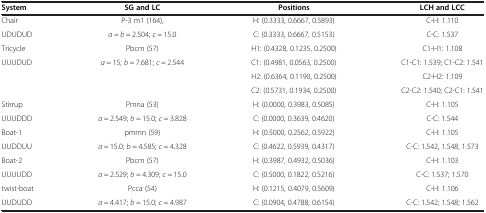
<table><thead><tr><td><b>System</b></td><td><b>SG and LC</b></td><td><b>Positions</b></td><td><b>LCH and LCC</b></td></tr></thead><tbody><tr><td>Chair</td><td>P-3 m1 (164),</td><td>H: (0.3333, 0.6667, 0.5893)</td><td>C-H: 1.110</td></tr><tr><td>UDUDUD</td><td><i>a</i> = <i>b</i> = 2.504; <i>c</i> = 15.0</td><td>C: (0.3333, 0.6667, 0.5153)</td><td>C-C: 1.537</td></tr><tr><td>Tricycle</td><td>Pbcm (57)</td><td>H1: (0.4328, 0.1235, 0.2500)</td><td>C1-H1: 1.108</td></tr><tr><td>UUUDUD</td><td><i>a</i> = 15; <i>b</i> = 7.681; <i>c</i> = 2.544</td><td>C1: (0.4981, 0.0563, 0.2500)</td><td>C1-C1: 1.539; C1-C2: 1.541</td></tr><tr><td> </td><td> </td><td>H2: (0.6364, 0.1190, 0.2500)</td><td>C2-H2: 1.109</td></tr><tr><td> </td><td> </td><td>C2: (0.5731, 0.1934, 0.2500)</td><td>C2-C2: 1.540; C2-C1: 1.541</td></tr><tr><td>Stirrup</td><td>Pmna (53)</td><td>H: (0.0000, 0.3983, 0.5085)</td><td>C-H: 1.105</td></tr><tr><td>UUUDDD</td><td><i>a</i> = 2.549; <i>b</i> = 15.0; <i>c</i> = 3.828</td><td>C: (0.0000, 0.3639, 0.4620)</td><td>C-C: 1.544</td></tr><tr><td>Boat-1</td><td>pmmn (59)</td><td>H: (0.5000, 0.2562, 0.5922)</td><td>C-H: 1.105</td></tr><tr><td>UUDDUU</td><td><i>a</i> = 15.0; <i>b</i> = 4.585; <i>c</i> = 4.328</td><td>C: (0.4622, 0.5939, 0.4317)</td><td>C-C: 1.542, 1.548, 1.573</td></tr><tr><td>Boat-2</td><td>Pbcm (57)</td><td>H: (0.3987, 0.4932, 0.5036)</td><td>C-H: 1.103</td></tr><tr><td>UUUUDD</td><td><i>a</i> = 2.529; <i>b</i> = 4.309; <i>c</i> = 15.0</td><td>C: (0.5000, 0.1822, 0.5216)</td><td>C-C: 1.537; 1.570</td></tr><tr><td>twist-boat</td><td>Pcca (54)</td><td>H: (0.1215, 0.4079, 0.5609)</td><td>C-H: 1.106</td></tr><tr><td>UUDUDD</td><td><i>a</i> = 4.417; <i>b</i> = 15.0; <i>c</i> = 4.987</td><td>C: (0.0904, 0.4788, 0.6154)</td><td>C-C: 1.542; 1.548; 1.562</td></tr></tbody></table>